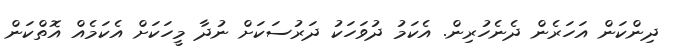
ދިންކަން އަހަރެން ދެނެހުރިން. އެކަމު ދުވަހަކު ދަރުސަކަށް ނުދާ މީހަކަށް އެކަމެއް އޮތްކަން